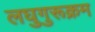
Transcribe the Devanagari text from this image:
लघुगुरूक्रम